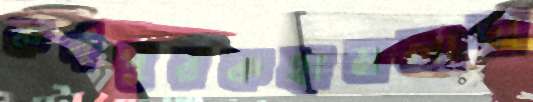
কর্ণপূরকহামলাদা